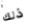
ذلك